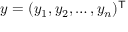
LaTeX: y = ( y _ { 1 } , y _ { 2 } , \ldots , y _ { n } ) ^ { \mathsf { T } }